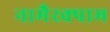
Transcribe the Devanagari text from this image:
नामैरक्पाम